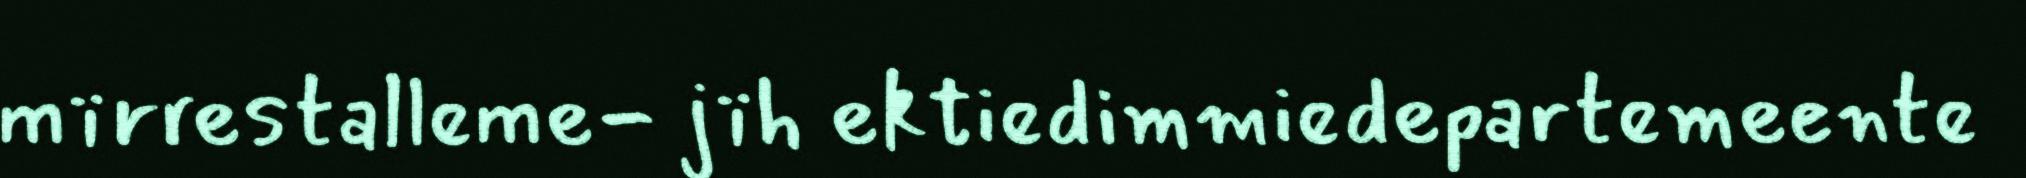
mïrrestalleme- jïh ektiedimmiedepartemeente